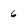
Character: 6